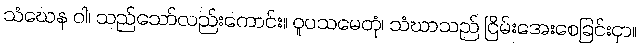
သံဃေန ဝါ၊ သည်သော်လည်းကောင်း။ ဝူပသမေတုံ၊ သံဃာသည် ငြိမ်းအေးစေခြင်းငှာ။